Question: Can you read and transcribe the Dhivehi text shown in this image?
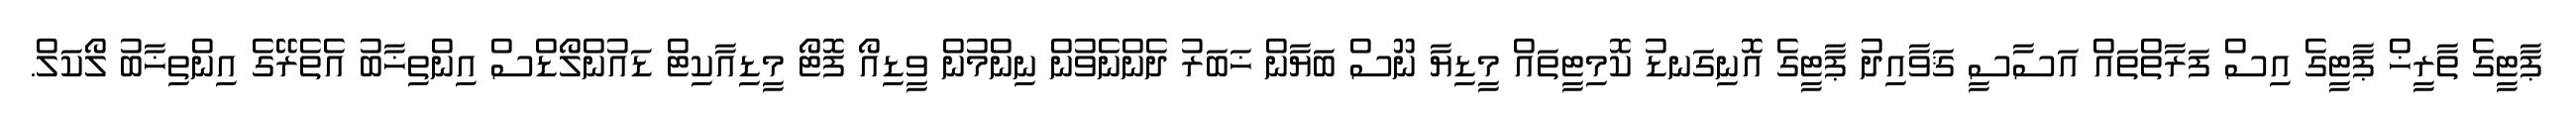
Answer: ޕާޓީގެ ތާރީޚް ޕާޓީގެ އިސް ފަރާތްތައް އަސާސީ ޤަވާއިދު ޕާޓީގެ އޮނިގަނޑު ކޮމިޓީތައް މީޑިޔާ ނޫސް ބަޔާން ޚަބަރު ދެންނެވުން ނިންމުން ވީޑިއޯ ފޮޓޯ މީޑިއާކިޓް ޑައުންލޯޑްސް އިންތިޚާބު އެތެރޭގެ އިންތިޚާބު ލޯކަލް.